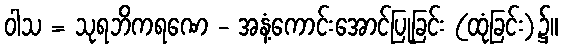
ဝါသ = သုရဘိကရဏေ - အနံ့ကောင်းအောင်ပြုခြင်း (ထုံခြင်း)၌။